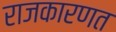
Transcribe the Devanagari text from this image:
राजकारणत